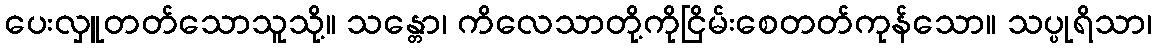
ပေးလှူတတ်သောသူသို့။ သန္တော၊ ကိလေသာတို့ကိုငြိမ်းစေတတ်ကုန်သော။ သပ္ပုရိသာ၊